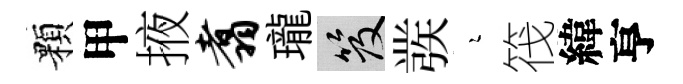
顆甲掖翥瓏笈彂瑟筏緯亨